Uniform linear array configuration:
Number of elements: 32
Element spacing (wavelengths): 1
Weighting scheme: cosine
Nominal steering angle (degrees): -45
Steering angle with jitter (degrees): -45.837
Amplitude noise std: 0.05
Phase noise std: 0.05

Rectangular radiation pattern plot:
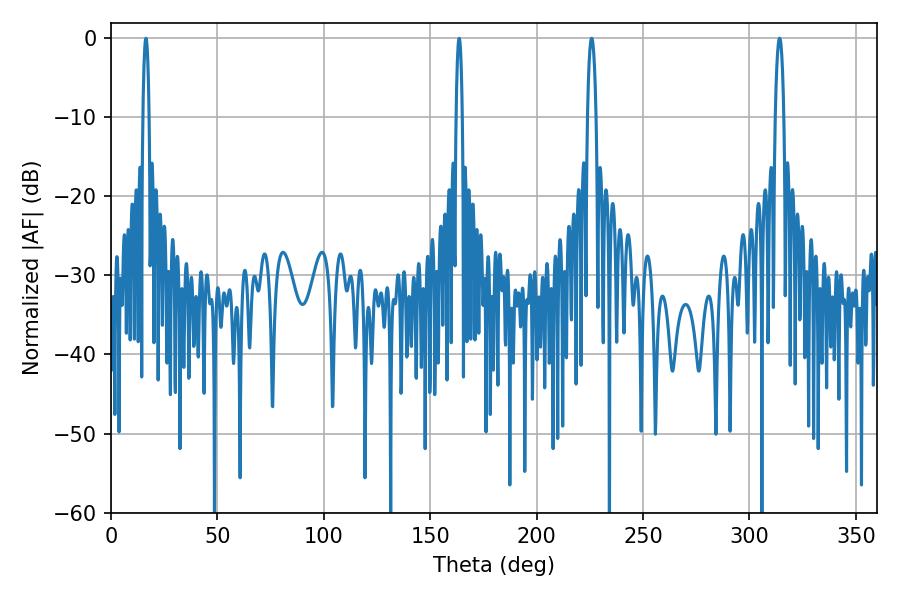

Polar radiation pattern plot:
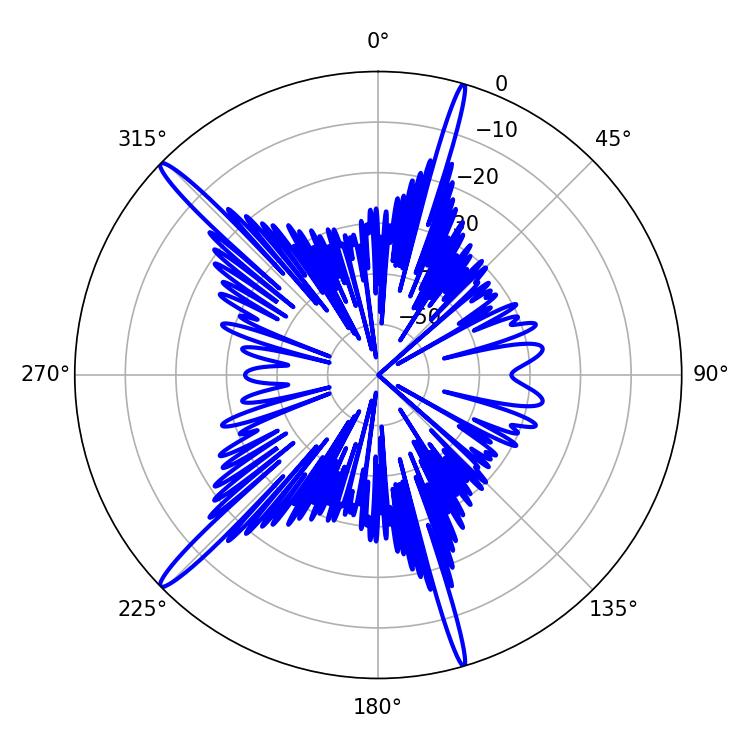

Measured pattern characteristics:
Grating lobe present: TRUE
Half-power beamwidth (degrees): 1.62
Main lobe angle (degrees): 163.62